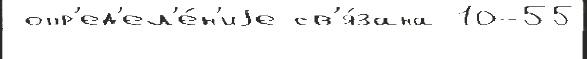
 опр'ед'ел'е́н'иjе св'я́зана 10-55